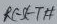
Text: RESET#